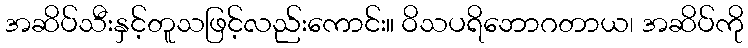
အဆိပ်သီးနှင့်တူသဖြင့်လည်းကောင်း။ ဝိသပရိဘောဂတာယ၊ အဆိပ်ကို